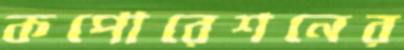
কপোরেশনের